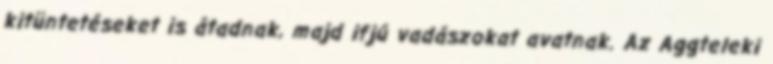
kitüntetéseket is át­adnak, majd ifjú vadászokat­­­ avatnak. Az Aggteleki